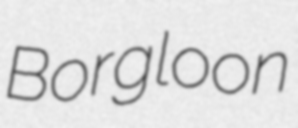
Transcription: Borgloon